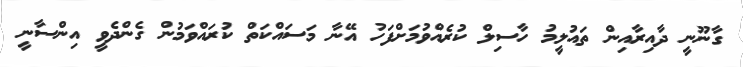
ގާނޫނީ ދާއިރާއިން ތައުލީމު ހާސިލް ކުރެއްވުމަށްފަހު އޭނާ މަސައްކަތް ކުރައްވަމުން ގެންދެވީ އިންސާނީ